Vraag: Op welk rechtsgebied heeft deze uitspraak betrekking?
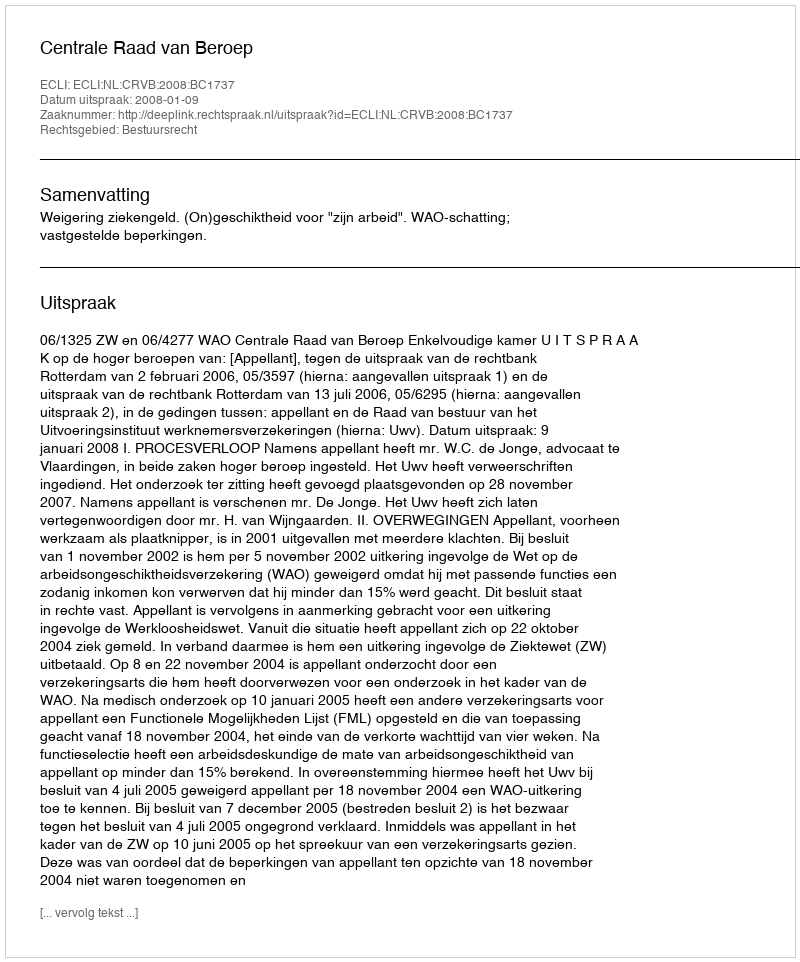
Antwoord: Bestuursrecht